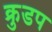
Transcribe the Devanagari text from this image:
क्रुडप